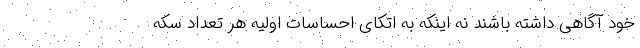
خود آگاهی داشته باشند نه اینکه به اتکای احساسات اولیه هر تعداد سکه